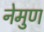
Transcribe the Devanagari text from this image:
नेमुण